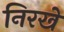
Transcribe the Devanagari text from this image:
निरखे